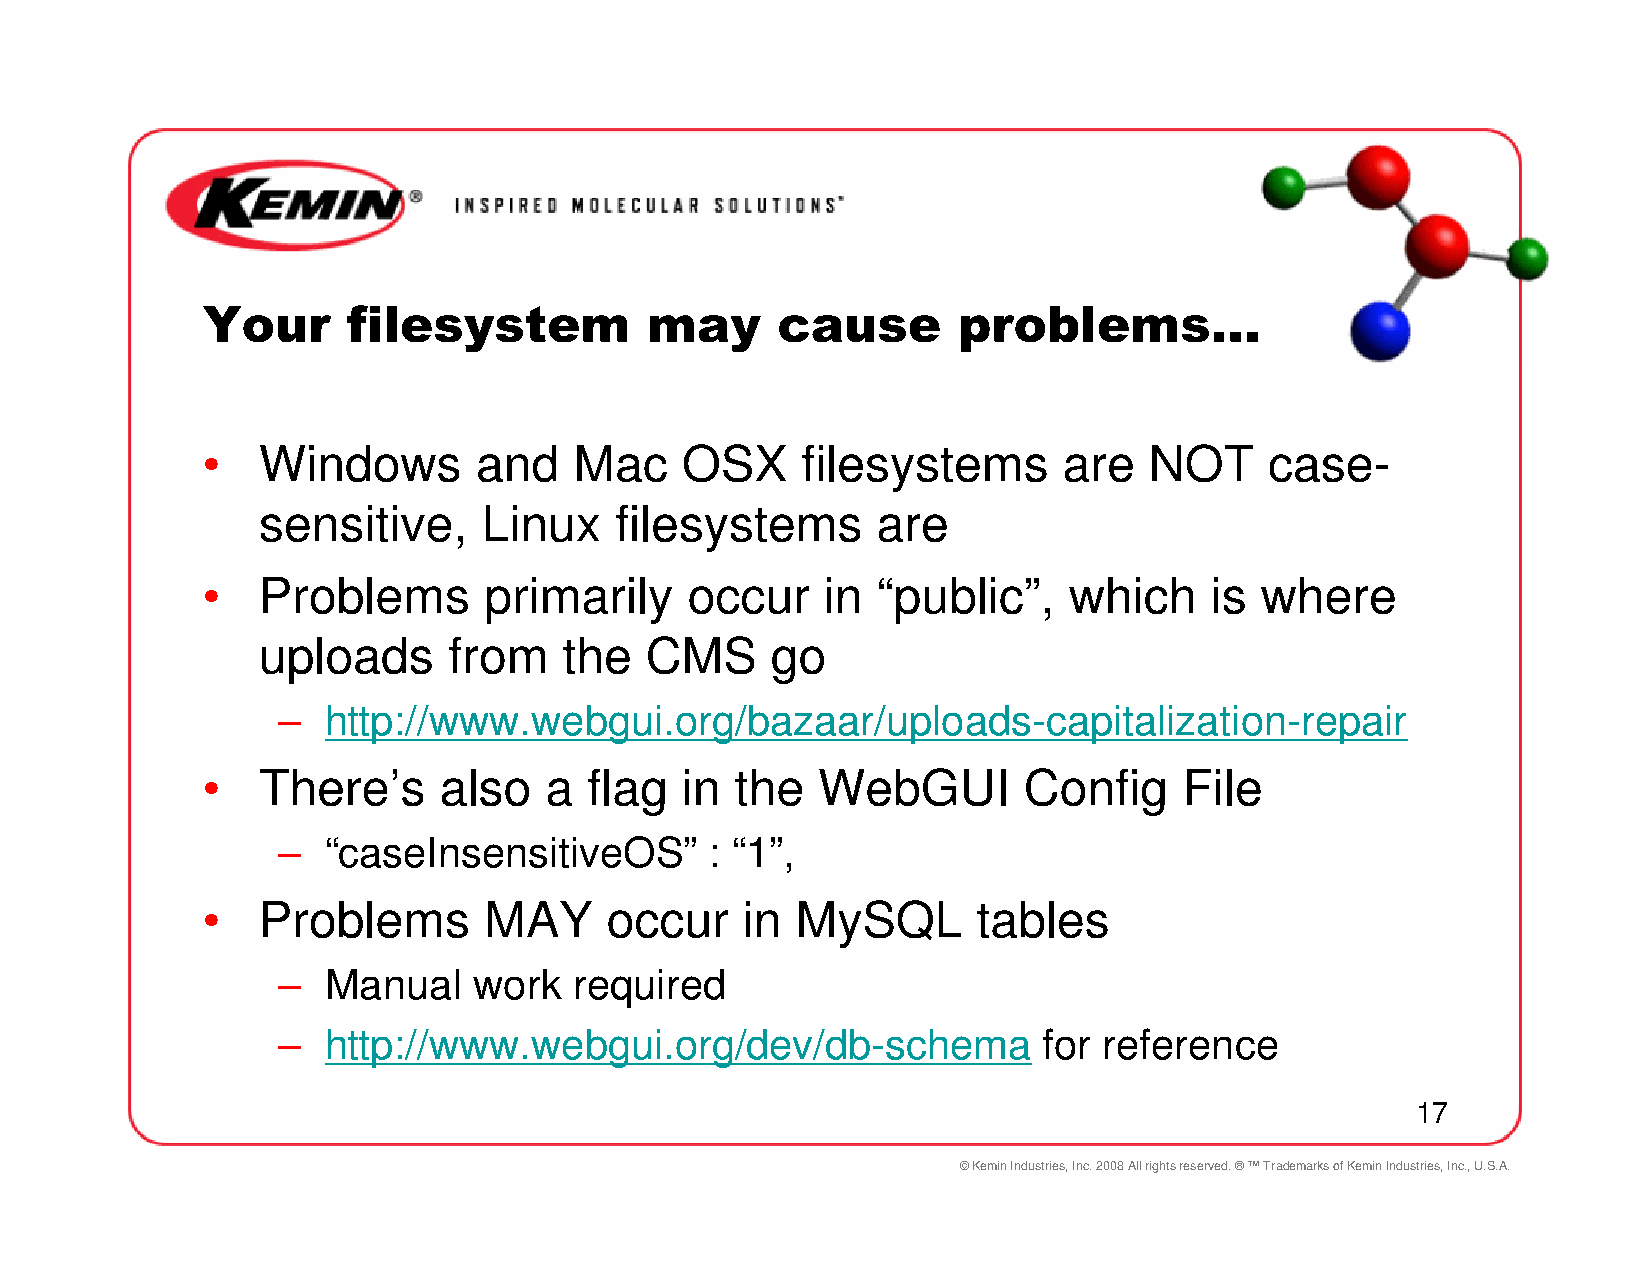
Your      filesystem          may     cause       problems…
 •   Windows       and    Mac    OSX     filesystems      are   NOT     case-
 sensitive,     Linux    filesystems      are
 •   Problems       primarily     occur    in “public”,    which    is where
 uploads      from   the   CMS     go
 –  http://www.webgui.org/bazaar/uploads-capitalization-repair
 •   There’s     also   a  flag  in  the  WebGUI        Config    File
 –  “caseInsensitiveOS”       : “1”,
 •   Problems       MAY     occur    in  MySQL       tables
 –  Manual    work   required
 –  http://www.webgui.org/dev/db-schema             for reference
 17
 © Kemin Industries, Inc. 2008 All rights reserved. ® ™ Trademarks of Kemin Industries, Inc., U.S.A.